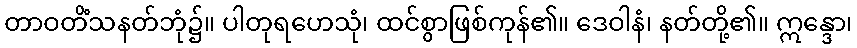
တာဝတိံသနတ်ဘုံ၌။ ပါတုရဟေသုံ၊ ထင်စွာဖြစ်ကုန်၏။ ဒေဝါနံ၊ နတ်တို့၏။ ဣန္ဒော၊